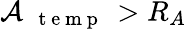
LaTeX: \mathcal{A}_{\mathrm{{~\textbf{~}{~t~e~m~p~}~}}}>R_{A}